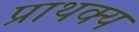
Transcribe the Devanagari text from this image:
प्राथक्य